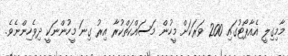
މާމިގިލީ އެއާޕޯޓުގައި 200 ވަރަކަށް މީހުން މަސައްކަތްކުރާ އިރު ގިނަ މީހުންނަކީ ދިވެހިންނެވެ.